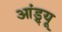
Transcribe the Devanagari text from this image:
आंड्र्यू